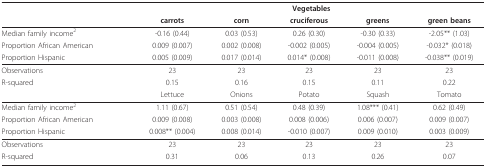
|  |  | <COLSPAN=5> Vegetables |
 |  |  | carrots | corn | cruciferous | greens | green beans |
 | --- | --- | --- | --- | --- | --- | --- |
 | <COLSPAN=2> Median family income2 | -0.16 (0.44) | 0.03 (0.53) | 0.26 (0.30) | -0.30 (0.33) | -2.05** (1.03) |
 | <COLSPAN=2> Proportion African American | 0.009 (0.007) | 0.002 (0.008) | -0.002 (0.005) | -0.004 (0.005) | -0.032* (0.018) |
 | <COLSPAN=2> Proportion Hispanic | 0.005 (0.009) | 0.017 (0.014) | 0.014* (0.008) | -0.011 (0.008) | -0.038** (0.019) |
 | <COLSPAN=2> Observations | 23 | 23 | 23 | 23 | 23 |
 | <COLSPAN=2> R-squared | 0.15 | 0.16 | 0.15 | 0.11 | 0.22 |
 |  |  | Lettuce | Onions | Potato | Squash | Tomato |
 | <COLSPAN=2> Median family income2 | 1.11 (0.67) | 0.51 (0.54) | 0.48 (0.39) | 1.08*** (0.41) | 0.62 (0.49) |
 | <COLSPAN=2> Proportion African American | 0.009 (0.008) | 0.003 (0.008) | 0.008 (0.006) | 0.006 (0.007) | 0.009 (0.007) |
 | <COLSPAN=2> Proportion Hispanic | 0.008** (0.004) | 0.008 (0.014) | -0.010 (0.007) | 0.009 (0.010) | 0.003 (0.009) |
 | <COLSPAN=2> Observations | 23 | 23 | 23 | 23 | 23 |
 | <COLSPAN=2> R-squared | 0.31 | 0.06 | 0.13 | 0.26 | 0.07 |